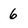
Character: 6